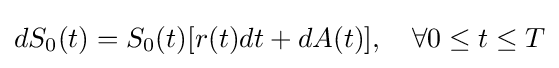
dS_{0}(t)=S_{0}(t)[r(t)dt+dA(t)],\quad \forall 0\leq t\leq T